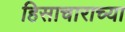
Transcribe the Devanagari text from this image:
हिसाचाराच्या